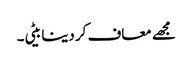
مجھے معاف کر دینا بیٹی۔